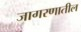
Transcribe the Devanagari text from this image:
जागरणातील